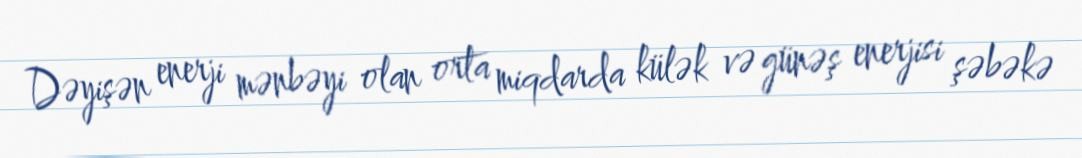
Dəyişən enerji mənbəyi olan orta miqdarda külək və günəş enerjisi şəbəkə